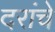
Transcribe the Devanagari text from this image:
दरांचे